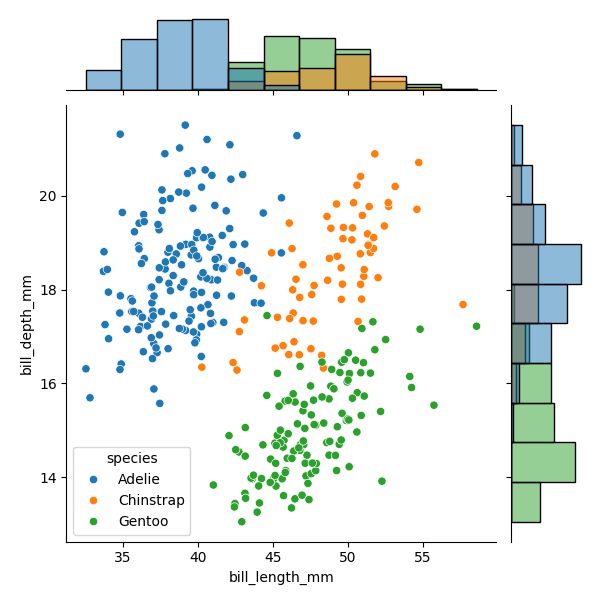
python, seaborn, JointGrid, scatterplot, histplot, hue